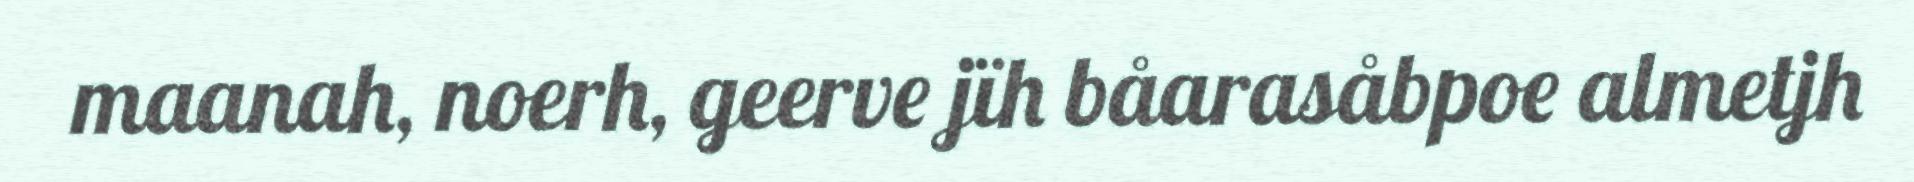
maanah, noerh, geerve jïh båarasåbpoe almetjh